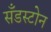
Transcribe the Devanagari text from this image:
सँडस्टोन